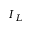
I _ { L }